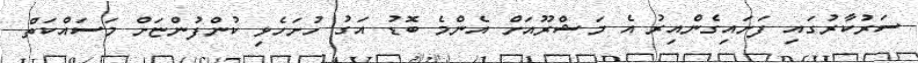
ސަރުކާރުގައި ފަށައިގެންއިރު އެ މަޝްރޫއަށް އެންމެ ބޮޑު އަގު ހުށަހެޅި ކުންފުންޏަށް މަސައްކަތް